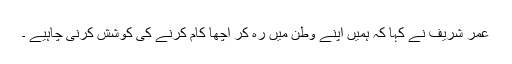
عمر شریف نے کہا کہ ہمیں اپنے وطن میں رہ کر اچھا کام کرنے کی کوشش کرنی چاہیے ۔